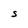
Character: S